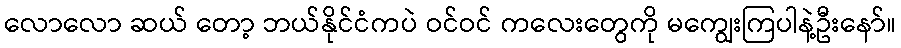
လောလော ဆယ် တော့ ဘယ်နိုင်ငံကပဲ ဝင်ဝင် ကလေးတွေကို မကျွေးကြပါနဲ့ဦးနော်။